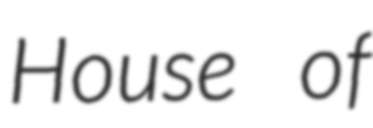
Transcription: House of